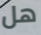
هل